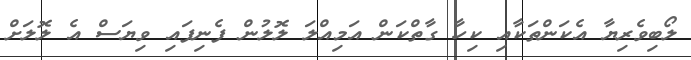
ލޯބިވެރިޔާ އެކަންތަކާއި ކިހާ ގާތްކަން އަމިއްލަ ލޮލުން ފެނިފައި ވިޔަސް އެ ލޮލަށް